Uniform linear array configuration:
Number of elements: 4
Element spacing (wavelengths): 0.75
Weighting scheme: exponential
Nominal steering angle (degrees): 60
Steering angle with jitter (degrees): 59.579
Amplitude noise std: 0.05
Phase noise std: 0.05

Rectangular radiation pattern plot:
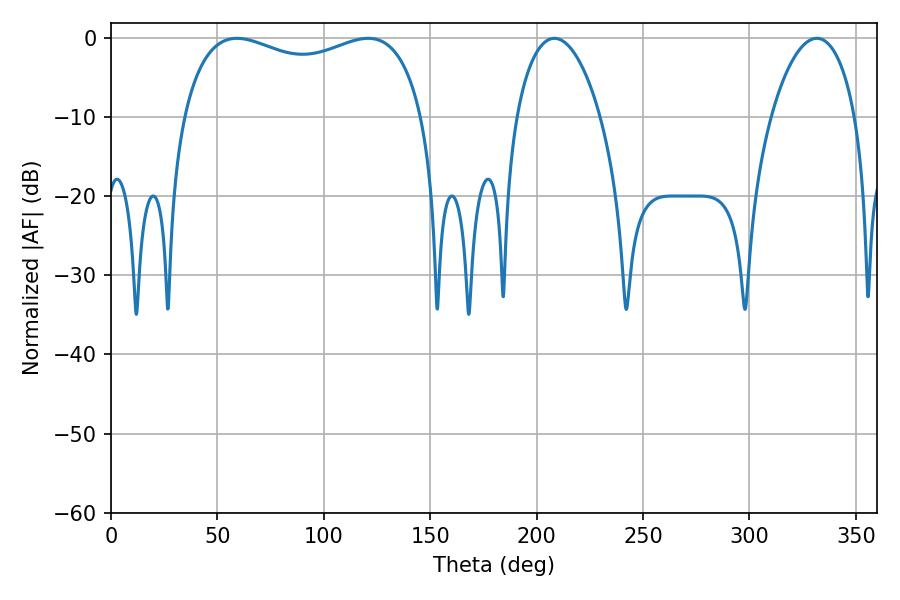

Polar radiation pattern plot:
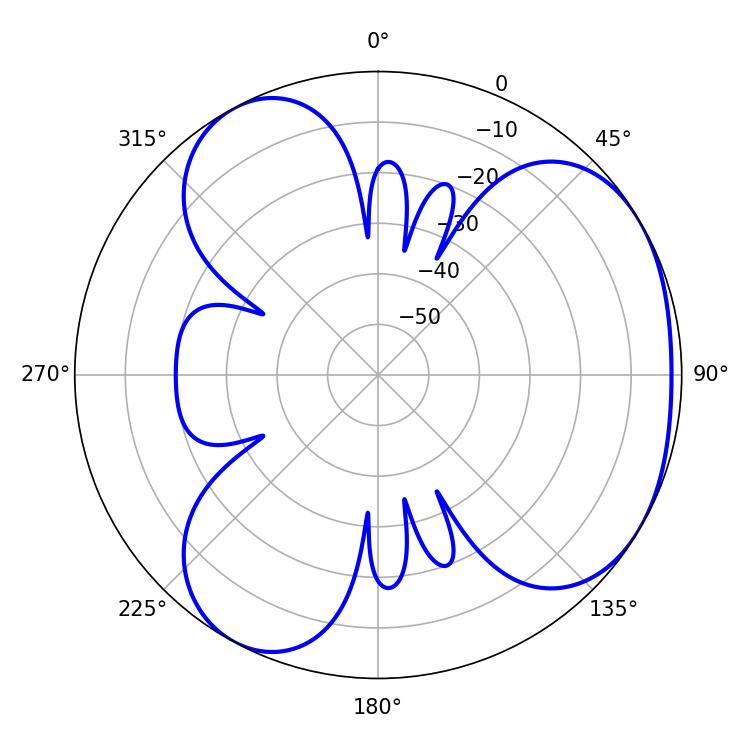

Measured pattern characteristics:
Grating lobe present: TRUE
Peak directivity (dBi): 3.856
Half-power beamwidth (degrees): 92.88
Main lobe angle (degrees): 59.22